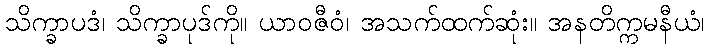
သိက္ခာပဒံ၊ သိက္ခာပုဒ်ကို။ ယာဝဇီဝံ၊ အသက်ထက်ဆုံး။ အနတိက္ကမနီယံ၊